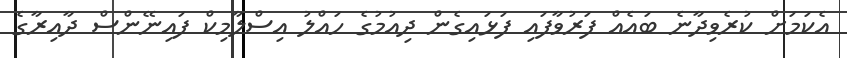
އެކަމަށް ކުރެވިދާނެ ބައެއް ފަރުވާފައި ފަޅައިގެން ދިއުމުގެ ހައްލު އިސްލާމިކް ފައިނޭންސް ދާއިރާގެ